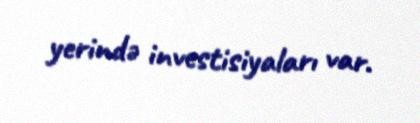
yerində investisiyaları var.